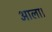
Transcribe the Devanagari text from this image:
आला।